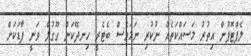
ލެޕްޓޮޕުން އިތުރު މަސައްކަތެއް ނުކުރި ނަމަވެސް ބެޓެރީ ހިނދޭކަން ގޫގުލް ވަނީ ފާޑަކަށް